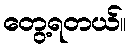
တွေ့ရတယ်။